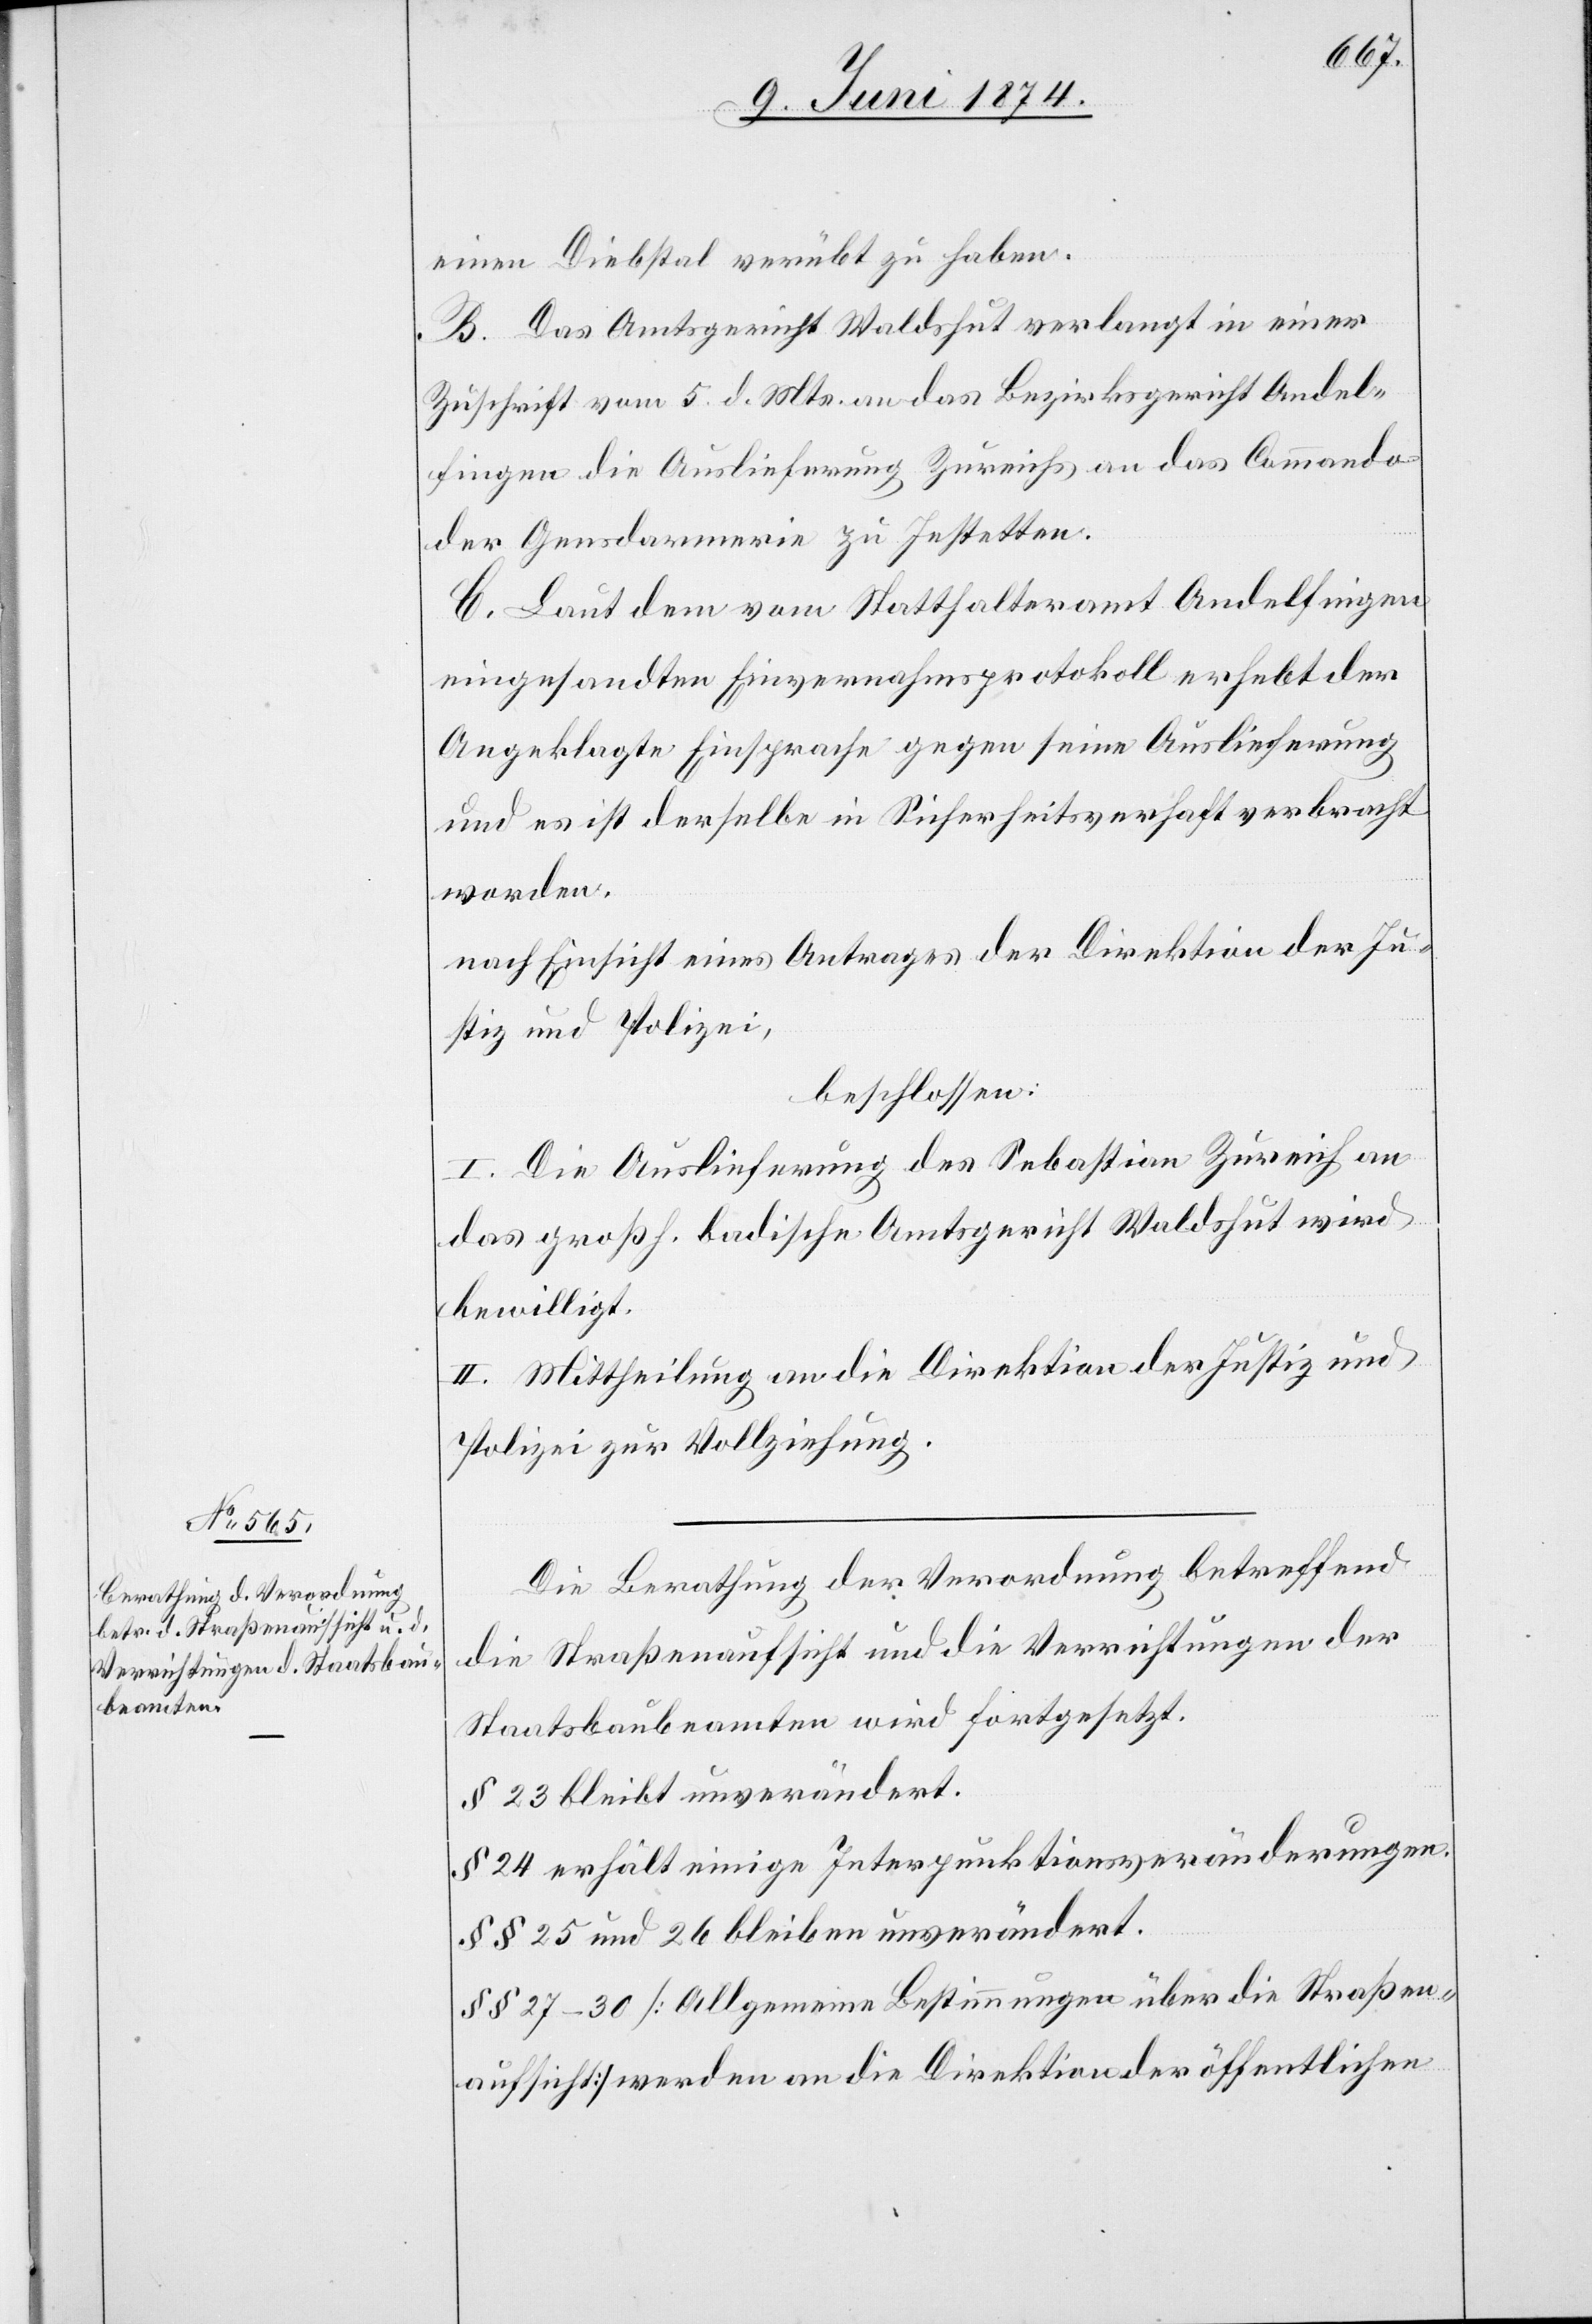
einen Diebstal verübt zu haben.
B. Das Amtsgericht Waldshut verlangt in einer
Zuschrift vom 5. d. Mts. an das Bezirksgericht Andel¬
fingen die Auslieferung Zureichs an das Commando
der Gensdarmerie zu Jestetten.
C. Laut dem vom Statthalteramt Andelfingen
eingesandten Einvernahmsprotokoll erhebt der
Angeklagte Einsprache gegen seine Auslieferung
und es ist derselbe in Sicherheitsverhaft verbracht
worden.
nach Einsicht eines Antrages der Direktion der Ju¬
stiz und Polizei,
beschlossen:
I. Die Auslieferung des Sebastian Zureich an
das großh. badische Amtsgericht Waldshut wird
bewilligt.
II. Mittheilung an die Direktion der Justiz und
Polizei zur Vollziehung.
Die Berathung der Verordnung betreffend
die Straßenaufsicht und die Verrichtungen der
Staatsbaubeamten wird fortgesetzt.
§ 23 erhält einige Interpunktionsveränderungen.
§§ 25 und 26 bleiben unverändert.
§§ 27–30 [Allgemeine Bestimmungen über die Straßen¬
aufsicht] werden an die Direktion der öffentlichen